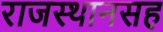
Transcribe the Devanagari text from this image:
राजस्थानसह